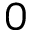
0